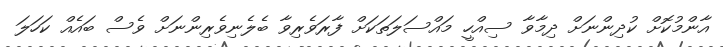
އާންމުކޮށް ކުދިންނަށް ދިމާވާ ސިއްހީ މައްސަލަތަކަށް ފާރަވެރިވާ ބެލެނިވެރިންނަށް ވެސް ބައެއް ކަހަލަ